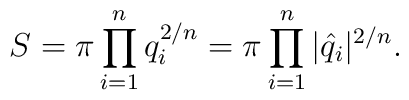
S=\pi \prod_{i=1}^n q_i^{2/n}=\pi\prod_{i=1}^n |\hat q_i|^{2/n}.